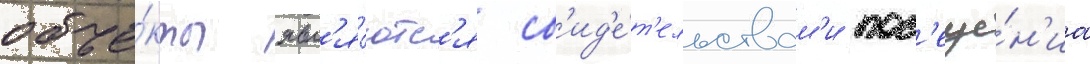
объе́кты явл'я́ютс'я св'ид'е́т'ельствам'и пос'еще́н'иа